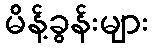
မိန့်ခွန်းများ